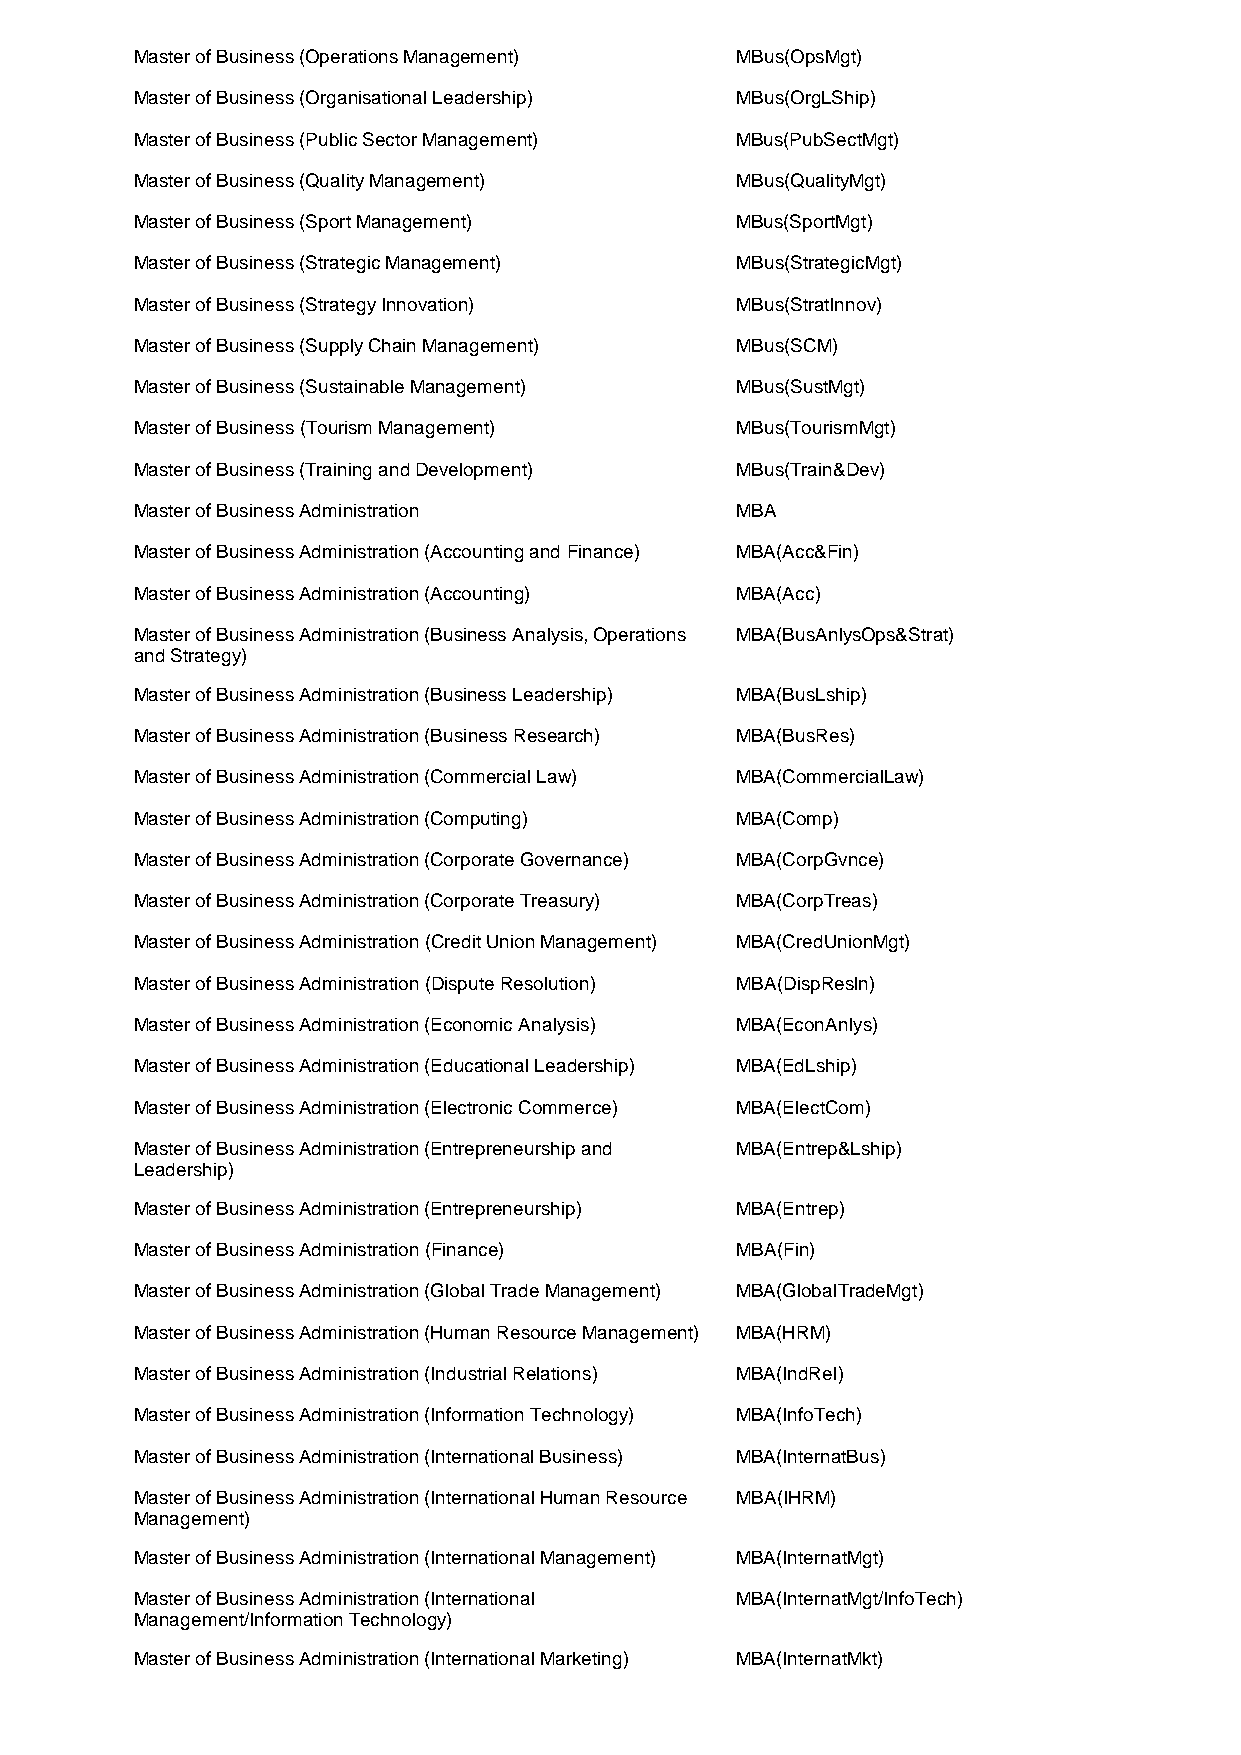
Master of Business (Operations Management) MBus(OpsMgt)
 Master of Business (Organisational Leadership) MBus(OrgLShip)
 Master of Business (Public Sector Management) MBus(PubSectMgt)
 Master of Business (Quality Management) MBus(QualityMgt)
 Master of Business (Sport Management)   MBus(SportMgt)
 Master of Business (Strategic Management) MBus(StrategicMgt)
 Master of Business (Strategy Innovation) MBus(StratInnov)
 Master of Business (Supply Chain Management) MBus(SCM)
 Master of Business (Sustainable Management) MBus(SustMgt)
 Master of Business (Tourism Management) MBus(TourismMgt)
 Master of Business (Training and Development) MBus(Train&Dev)
 Master of Business Administration       MBA
 Master of Business Administration (Accounting and Finance) MBA(Acc&Fin)
 Master of Business Administration (Accounting) MBA(Acc)
 Master of Business Administration (Business Analysis, Operations MBA(BusAnlysOps&Strat)
 and Strategy)
 Master of Business Administration (Business Leadership) MBA(BusLship)
 Master of Business Administration (Business Research) MBA(BusRes)
 Master of Business Administration (Commercial Law) MBA(CommercialLaw)
 Master of Business Administration (Computing) MBA(Comp)
 Master of Business Administration (Corporate Governance) MBA(CorpGvnce)
 Master of Business Administration (Corporate Treasury) MBA(CorpTreas)
 Master of Business Administration (Credit Union Management) MBA(CredUnionMgt)
 Master of Business Administration (Dispute Resolution) MBA(DispResln)
 Master of Business Administration (Economic Analysis) MBA(EconAnlys)
 Master of Business Administration (Educational Leadership) MBA(EdLship)
 Master of Business Administration (Electronic Commerce) MBA(ElectCom)
 Master of Business Administration (Entrepreneurship and MBA(Entrep&Lship)
 Leadership)
 Master of Business Administration (Entrepreneurship) MBA(Entrep)
 Master of Business Administration (Finance) MBA(Fin)
 Master of Business Administration (Global Trade Management) MBA(GlobalTradeMgt)
 Master of Business Administration (Human Resource Management) MBA(HRM)
 Master of Business Administration (Industrial Relations) MBA(IndRel)
 Master of Business Administration (Information Technology) MBA(InfoTech)
 Master of Business Administration (International Business) MBA(InternatBus)
 Master of Business Administration (International Human Resource MBA(IHRM)
 Management)
 Master of Business Administration (International Management) MBA(InternatMgt)
 Master of Business Administration (International MBA(InternatMgt/InfoTech)
 Management/Information Technology)
 Master of Business Administration (International Marketing) MBA(InternatMkt)